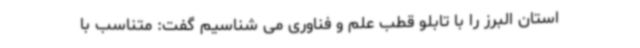
استان البرز را با تابلو قطب علم و فناوری می شناسیم گفت: متناسب با